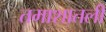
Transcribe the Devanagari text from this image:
तमाशातली